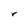
Character: r